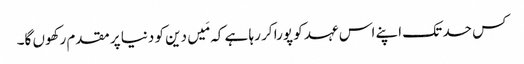
کس حد تک اپنے اس عہد کو پورا کر رہا ہے کہ مَیں دین کو دنیا پر مقدم رکھوں گا۔